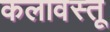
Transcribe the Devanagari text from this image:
कलावस्तू